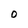
Character: 0